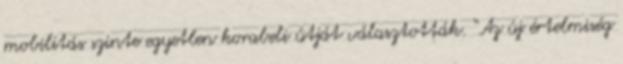
mobilitás szinte egyetlen korabeli útját választották. “Az új értelmiség